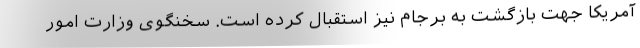
آمریکا جهت بازگشت به برجام نیز استقبال کرده است. سخنگوی وزارت امور